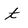
Character: t